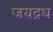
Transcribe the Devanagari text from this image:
जयद्रध